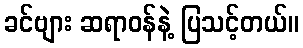
ခင်ဗျား ဆရာဝန်နဲ့ ပြသင့်တယ်။